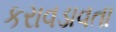
કરાવડાવતા